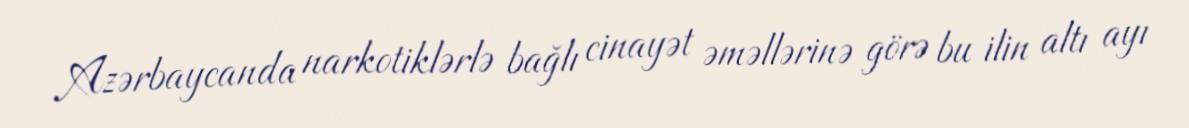
Azərbaycanda narkotiklərlə bağlı cinayət əməllərinə görə bu ilin altı ayı